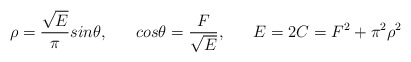
\begin{align*}\rho = \frac{\sqrt E}{\pi} sin \theta, \;\;\;\;\;\; cos \theta = \frac{F}{\sqrt E}, \;\;\;\;\;\; E = 2C = F^{2} + \pi^{2} \rho^{2} \end{align*}